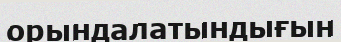
орындалатындығын